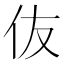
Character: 伖